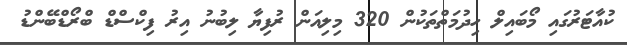
ކުއާޓަރުގައި މޯބައިލް ހިދުމަތްތަކުން 320 މިލިއަން ރުފިޔާ ލިބުނު އިރު ފިކްސްޑް ބްރޯޑްބޭންޑު